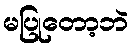
မပြုတော့ဘဲ